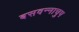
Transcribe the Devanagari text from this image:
बसवन्नाचुप